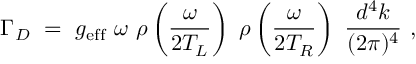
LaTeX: \Gamma _ { D } ~ = ~ g _ { \mathrm { e f f } } ~ \omega ~ \rho \left( \frac { \omega } { 2 T _ { L } } \right) ~ \rho \left( \frac { \omega } { 2 T _ { R } } \right) ~ \frac { d ^ { 4 } k } { ( 2 \pi ) ^ { 4 } } ~ ,